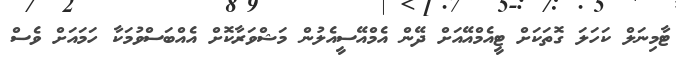
ޓާމިނަލް ކަހަލަ ގޮތަކަށް ޓީއެމްއޭއަށް ދޭން އެމްއޭސީއެލުން މަޝްވަރާކޮށް އެއްބަސްވުމަކާ ހަމައަށް ވެސް